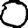
Digit: 0